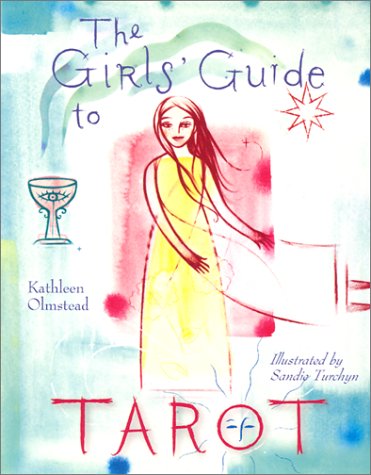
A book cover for The Girls' Guide to Tarot; Kathleen Olmstead; Teen & Young Adult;